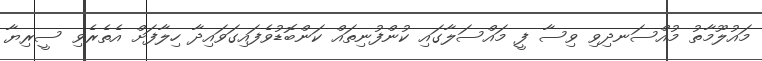
މައުލޫމާތު މުއްސަނދިވި ވިސާ ފީ މައްސަލާގައި ކުންފުނިތައް ކަންބޮޑުވެފައިގަވައިދާ ހިލާފަށް އެތެރެވި ސީރިޔާ